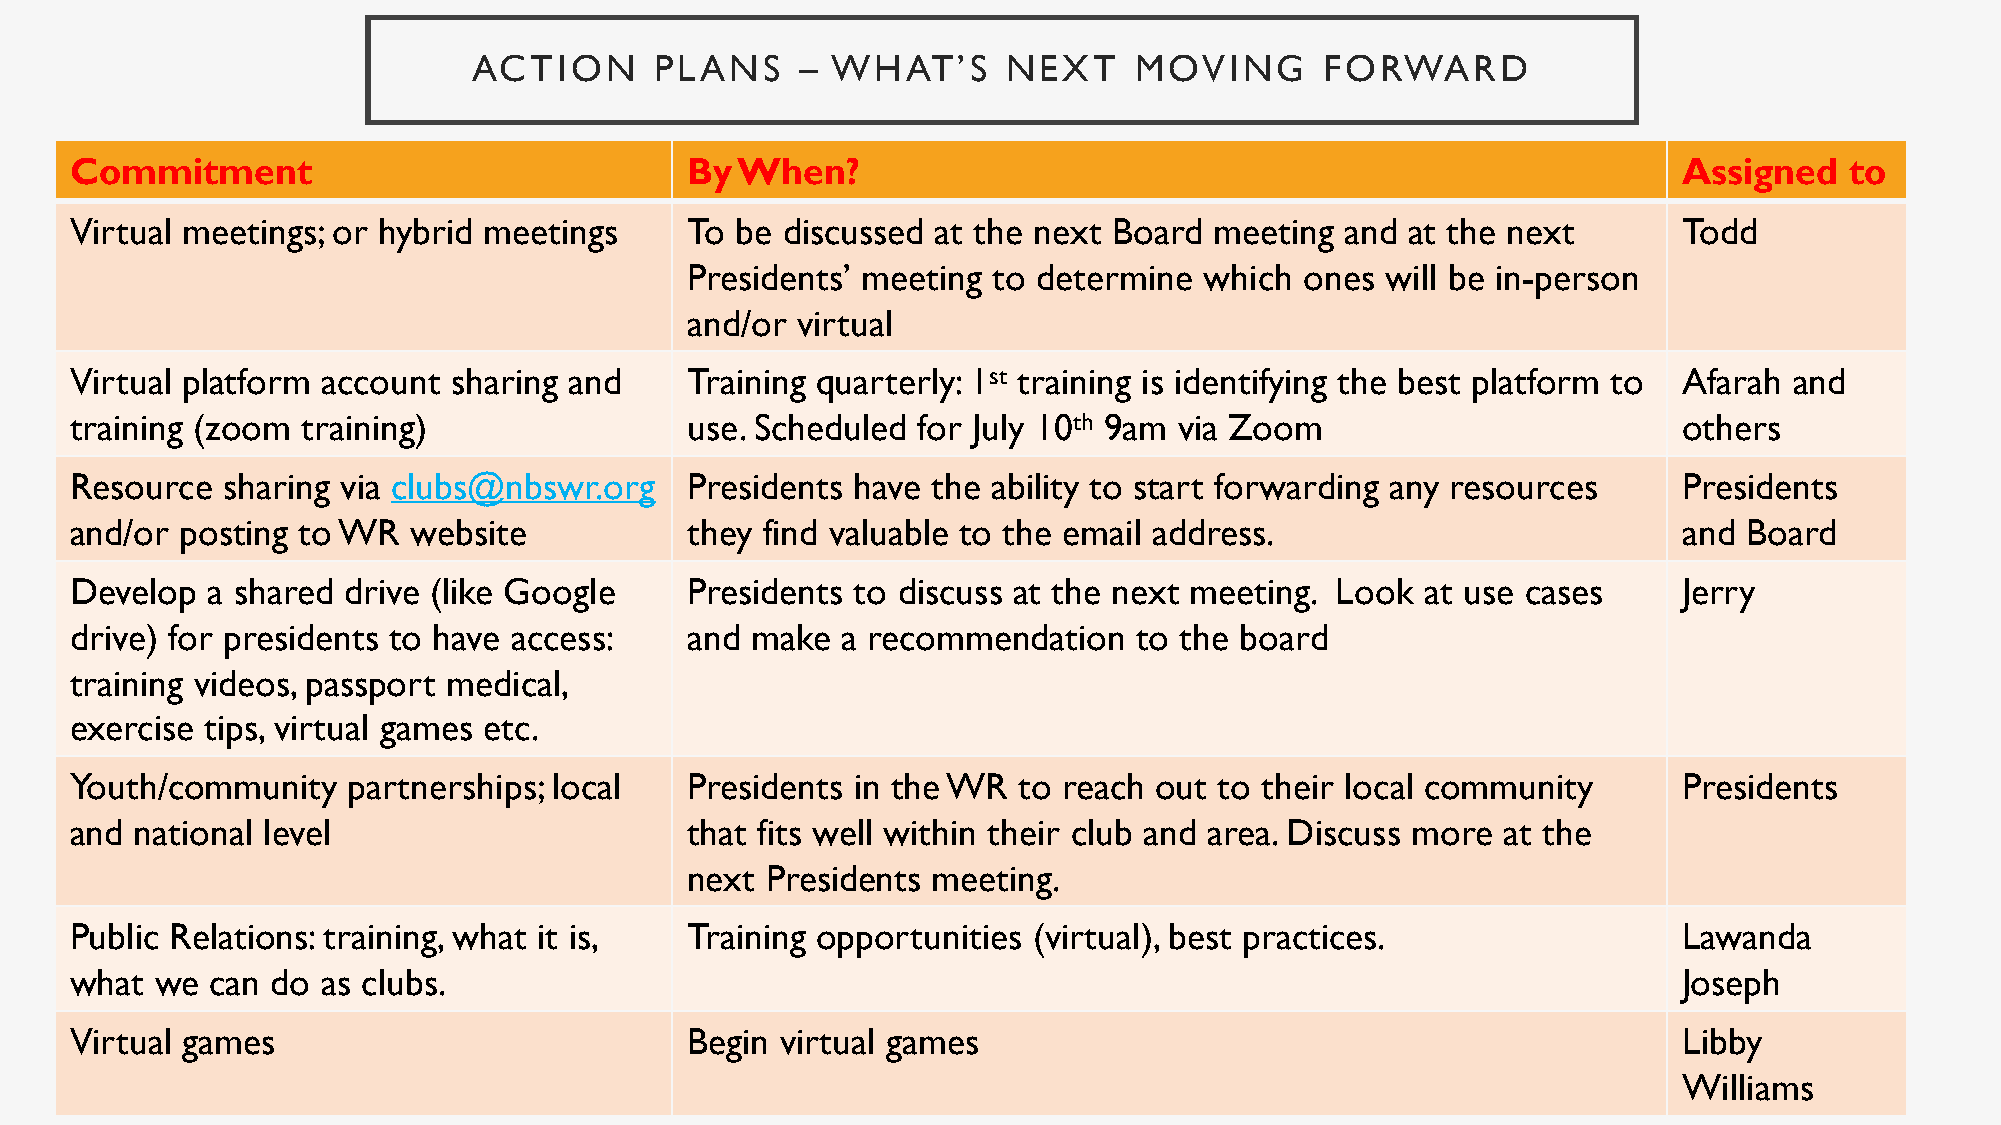
ACTION      PLANS     – WHAT’S      NEXT    MOVING       FORWARD
 Commitment                              By  When?                                                         Assigned   to
 Virtual meetings; or hybrid meetings    To  be discussed at the next Board meeting  and at the next       Todd
 What  are you committed to doing … by when?
 Presidents’ meeting  to determine  which ones  will be in-person
 and/or  virtual
 Virtual platform account sharing and    Training quarterly: 1st training is identifying the best platform to Afarah and
 training (zoom training)                use. Scheduled  for July 10th 9am via Zoom                        others
 Resource  sharing via clubs@nbswr.org   Presidents  have the ability to start forwarding any resources    Presidents
 and/or posting to WR  website           they find valuable to the email address.                          and  Board
 Develop  a shared drive (like Google    Presidents  to discuss at the next meeting. Look at use cases     Jerry
 drive) for presidents to have access:   and  make  a recommendation   to the board
 training videos, passport medical,
 exercise tips, virtual games etc.
 Youth/community   partnerships; local   Presidents  in the WR to reach out  to their local community      Presidents
 and national level                      that fits well within their club and area. Discuss more at the
 next  Presidents meeting.
 Public Relations: training, what it is, Training opportunities (virtual), best practices.                 Lawanda
 what we  can do as clubs.                                                                                 Joseph
 Virtual games                           Begin  virtual games                                              Libby
 Williams